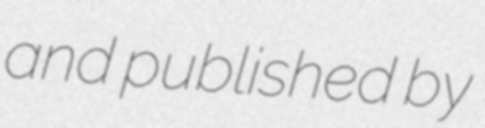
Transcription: and published by